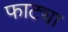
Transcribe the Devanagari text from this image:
फाट्या